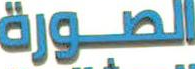
الصــورة